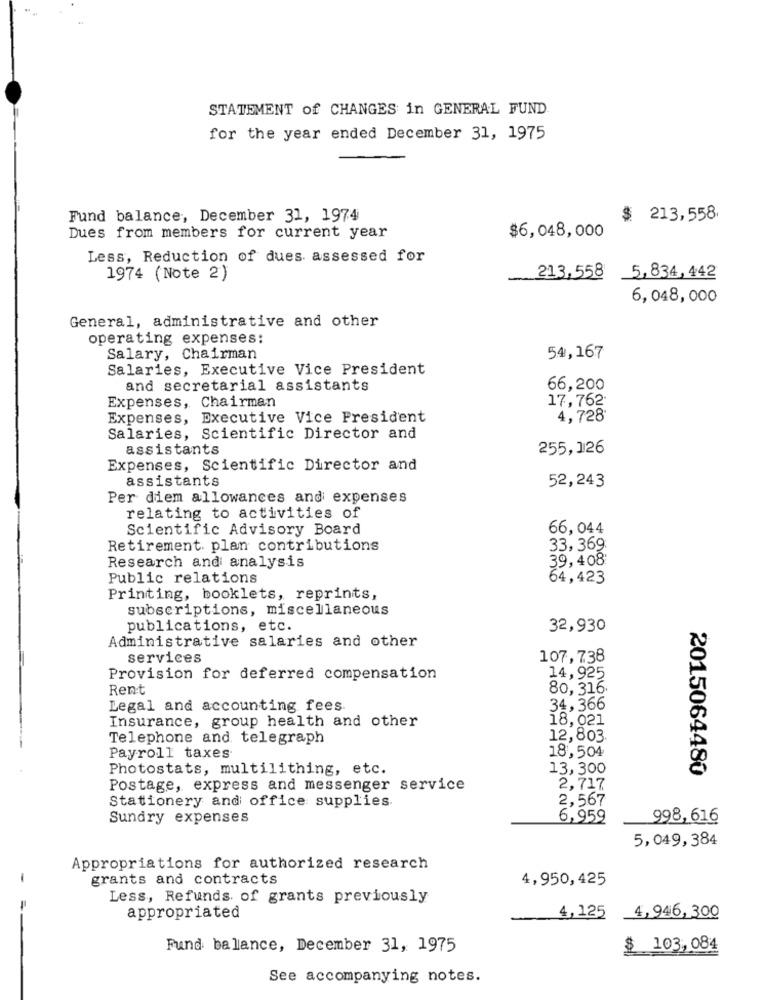
STATEMENT of CHANGES in GENERAL FUND
for the year ended December 31, 1975
Fund balance, December 31, 1974
$ 213,558
$6,048,000
Dues from members for current year
Less, Reduction of dues assessed for
1974 (Note 2)
213,558 5,834,442
6,048,000
General, administrative and other
operating expenses:
Salary, Chairman
54,167
Salaries, Executive Vice President
and secretarial assistants
66,200
17,762.
Expenses, Chairman
Expenses, Executive Vice President
4,728
Salaries, Scientific Director and
assistants
255,126
Expenses, Scientific Director and
assistants
52,243
Per diem allowances and expenses
relating to activities of
Scientific Advisory Board
66,044
Retirement plan contributions
33, 369
39,408:
Research and analysis
Public relations
64,423
Printing, booklets, reprints,
subscriptions, miscellaneous
publications, etc.
32,930
Administrative salaries and other
services
107,738
Provision for deferred compensation
14,925
Rent
80,316.
Legal and accounting fees
34, 366
Insurance, group health and other
18,021
ammo
Telephone and telegraph
12,803
18,504
Payroll taxes
Photostats, multilithing, etc.
13,300
2015064480
Postage, express and messenger service
2,717
Stationery and office supplies.
2,567
Sundry expenses
6,959
998, 616
5,049,384
Appropriations for authorized research
-
grants and contracts
4,950,425
Less, Refunds of grants previously
appropriated
4,125
4,946, 300
Fund balance, December 31, 1975
$ 103,084
See accompanying notes.